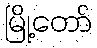
မြို့တော်